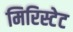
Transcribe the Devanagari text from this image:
मिरिस्टेट